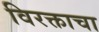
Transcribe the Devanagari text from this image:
विरक्ताचा